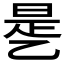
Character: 𰁉